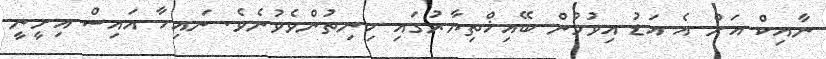
ނާއިކް އަށް އެ އަޑު އިވުމުން ބޭއިޚްތިޔާރުގައި ހިނިތުންވެވުނެވެ. ނައިހާ އައިސް އިށީނީ